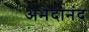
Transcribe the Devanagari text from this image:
अभेदानंद